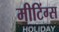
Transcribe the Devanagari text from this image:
मीटिंग्स